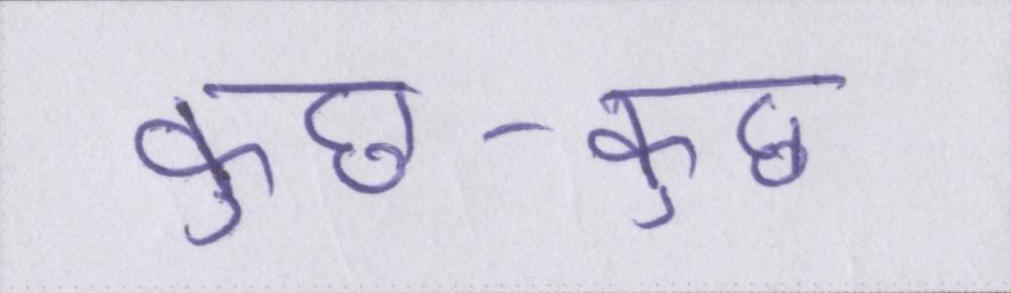
कुछ-कुछ